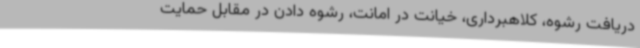
دریافت رشوه، کلاهبرداری، خیانت در امانت، رشوه دادن در مقابل حمایت